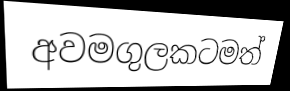
අවමගුලකටමත්